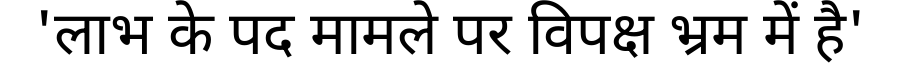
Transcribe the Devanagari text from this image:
'लाभ के पद मामले पर विपक्ष भ्रम में है'